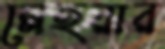
মেহরার